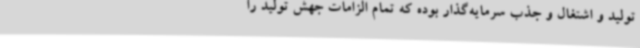
تولید و اشتغال و جذب سرمایه‌گذار بوده که تمام الزامات جهش تولید را